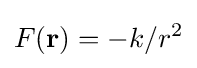
F(\mathbf {r} )=-k/r^{2}